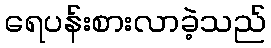
ရေပန်းစားလာခဲ့သည်